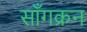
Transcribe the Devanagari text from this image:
साँगक्रन